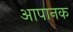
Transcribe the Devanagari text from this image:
आपानक